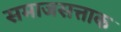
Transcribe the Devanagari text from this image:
समाजसत्ताक